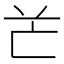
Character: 𠅇